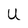
Character: U